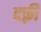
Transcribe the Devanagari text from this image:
दफ़्री